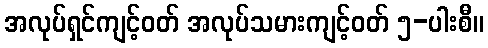
အလုပ်ရှင်ကျင့်ဝတ် အလုပ်သမားကျင့်ဝတ် ၅-ပါးစီ။